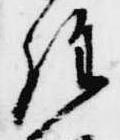
経